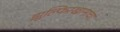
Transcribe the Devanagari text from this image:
झुल्फिरखानाचा